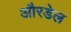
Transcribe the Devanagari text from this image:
औरडेल